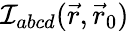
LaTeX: {\cal I}_{abcd}(\vec{r},\vec{r}_{0})